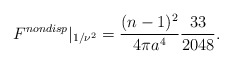
\begin{align*}F^{nondisp}|_{1/\nu^2}=\frac{(n-1)^2}{4 \pi a^4}\frac{33}{2048}.\end{align*}